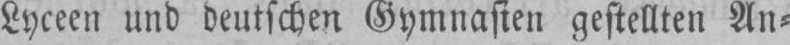
Lyceen und deutschen Gymnasien gestellten An⸗